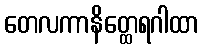
တေလကာနိတ္ထေရဂါထာ